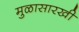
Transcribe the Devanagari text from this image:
मुळासारखी